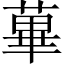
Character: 蓽